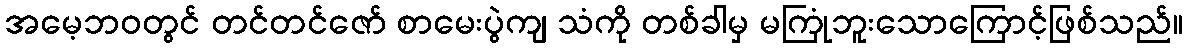
အမေ့ဘဝတွင် တင်တင်ဇော် စာမေးပွဲကျ သံကို တစ်ခါမှ မကြုံဘူးသောကြောင့်ဖြစ်သည်။